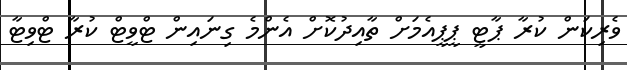
ވެެރިކަން ކުރާ ޕާޓީ ޕީޕީއެމަށް ތާއިދުކޮށް އެންމެ ގިނައިން ޓްވީޓް ކުރާ ޓްވިޓާ